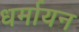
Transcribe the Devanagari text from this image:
धर्मायन